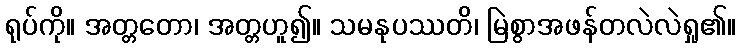
ရုပ်ကို။ အတ္တတော၊ အတ္တဟူ၍။ သမနုပဿတိ၊ မြဲစွာအဖန်တလဲလဲရှု၏။